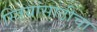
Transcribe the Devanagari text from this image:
स्त्रियांसाठीचा